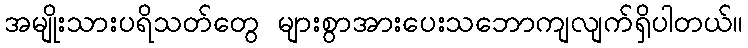
အမျိုးသားပရိသတ်တွေ များစွာအားပေးသဘောကျလျက်ရှိပါတယ်။